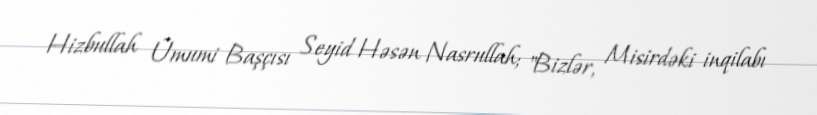
Hizbullah Ümumi Başçısı Seyid Həsən Nasrullah; "Bizlər, Misirdəki inqilabı